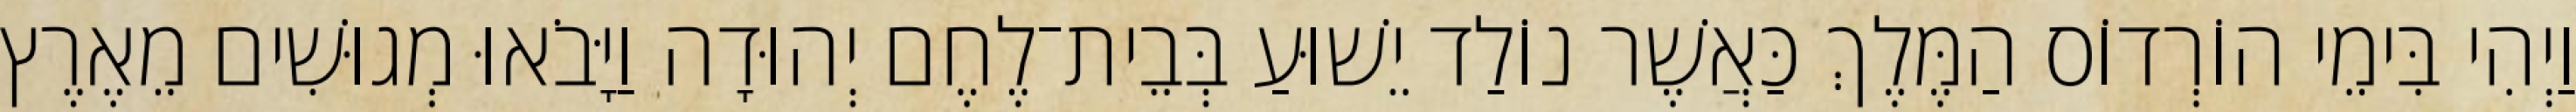
וַיְהִי בִּימֵי הוֹרְדוֹס הַמֶּלֶךְ כַּאֲשֶׁר נוֹלַד יֵשׁוּעַ בְּבֵית־לֶחֶם יְהוּדָה וַיָּבֹאוּ מְגוּשִׁים מֵאֶרֶץ